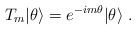
\begin{align*}T_{m}|\theta\rangle=e^{-im\theta}|\theta\rangle \ .\end{align*}